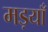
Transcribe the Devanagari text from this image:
मड़याँ